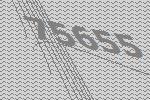
75655